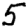
Digit: 5